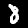
Label: 8